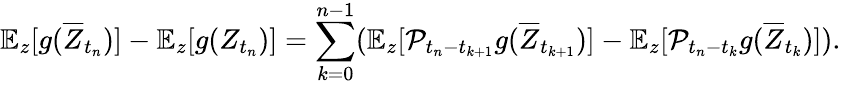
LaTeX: \mathbb{E}_{z}[g(\overline{{Z}}_{t_{n}})]-\mathbb{E}_{z}[g(Z_{t_{n}})]=\sum_{k=0}^{n-1}(\mathbb{E}_{z}[\mathcal{P}_{t_{n}-t_{k+1}}g(\overline{{Z}}_{t_{k+1}})]-\mathbb{E}_{z}[\mathcal{P}_{t_{n}-t_{k}}g(\overline{{Z}}_{t_{k}})]).